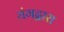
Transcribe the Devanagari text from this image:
यंगद्वारा